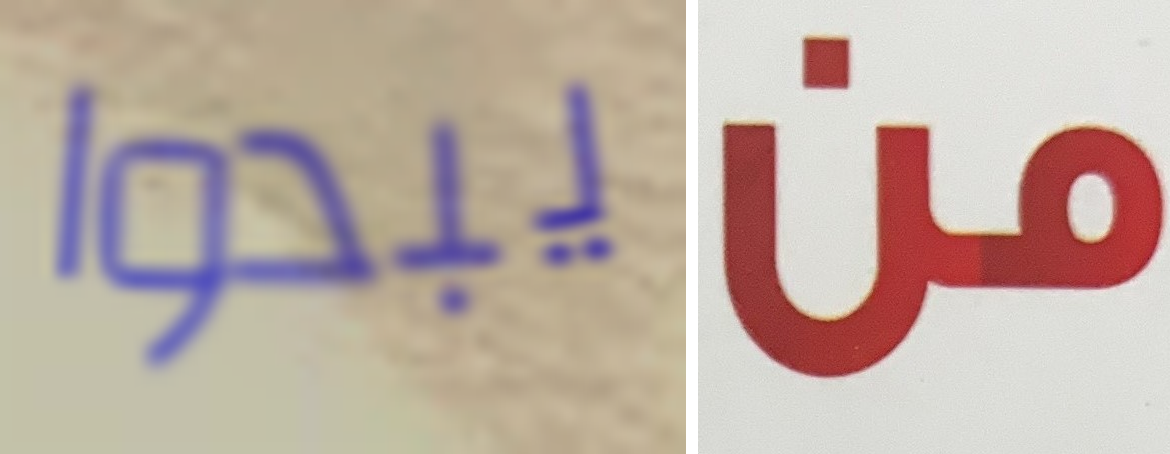
يبدوا من